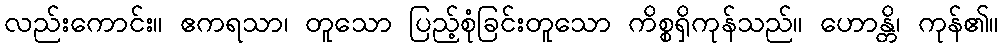
လည်းကောင်း။ ဧကရသာ၊ တူသော ပြည့်စုံခြင်းတူသော ကိစ္စရှိကုန်သည်။ ဟောန္တိ၊ ကုန်၏။